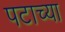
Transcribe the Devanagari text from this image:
पटाच्या